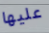
عليها